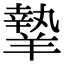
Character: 𦎷